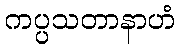
ကပ္ပသတာနာဟံ